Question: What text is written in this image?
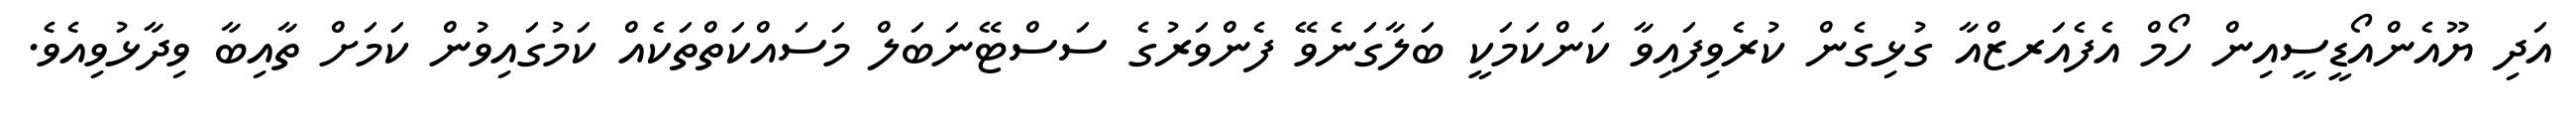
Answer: އަދި ޔޫއެންއޯޑީސީއިން ހޯމް އެފެއަރޒްއާ ގުޅިގެން ކުރެވިފައިވާ ކަންކަމަކީ ބަލާގަނެވޭ ފެންވަރުގެ ސަސްޓޭނަބަލް މަސައްކަތްތަކެއް ކަމުގައިވުން ކަމަށް ތާއިބާ ވިދާޅުވިއެވެ.